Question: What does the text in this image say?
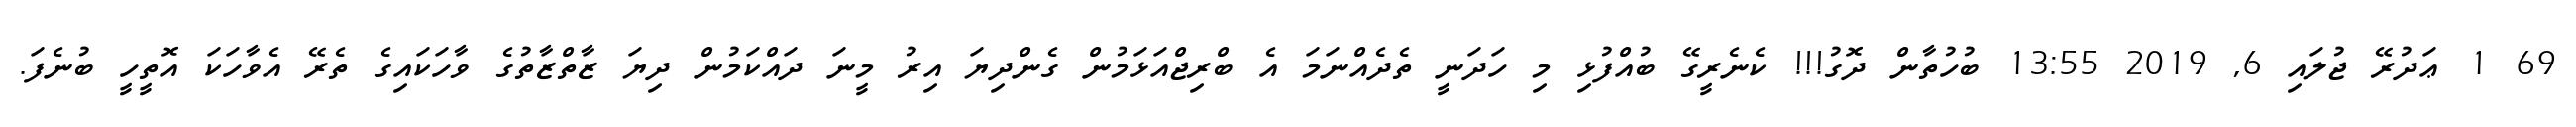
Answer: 69 1 ޢަދުރޭ ޖުލައި 6, 2019 13:55 ބުހުތާން ދޮގު!!! ކެނެރީގޭ ބުއްފުޅި މި ހަދަނީ ތެދެއްނަމަ އެ ބްރިޖްއަޅަމުން ގެންދިޔަ އިރު މީނަ ދައްކަމުން ދިޔަ ޒާތްޒާތުގެ ވާހަކައިގެ ތެރޭ އެވާހަކަ އޮތީހީ ބުނެފަ.